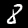
Label: 8